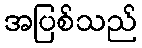
အပြစ်သည်